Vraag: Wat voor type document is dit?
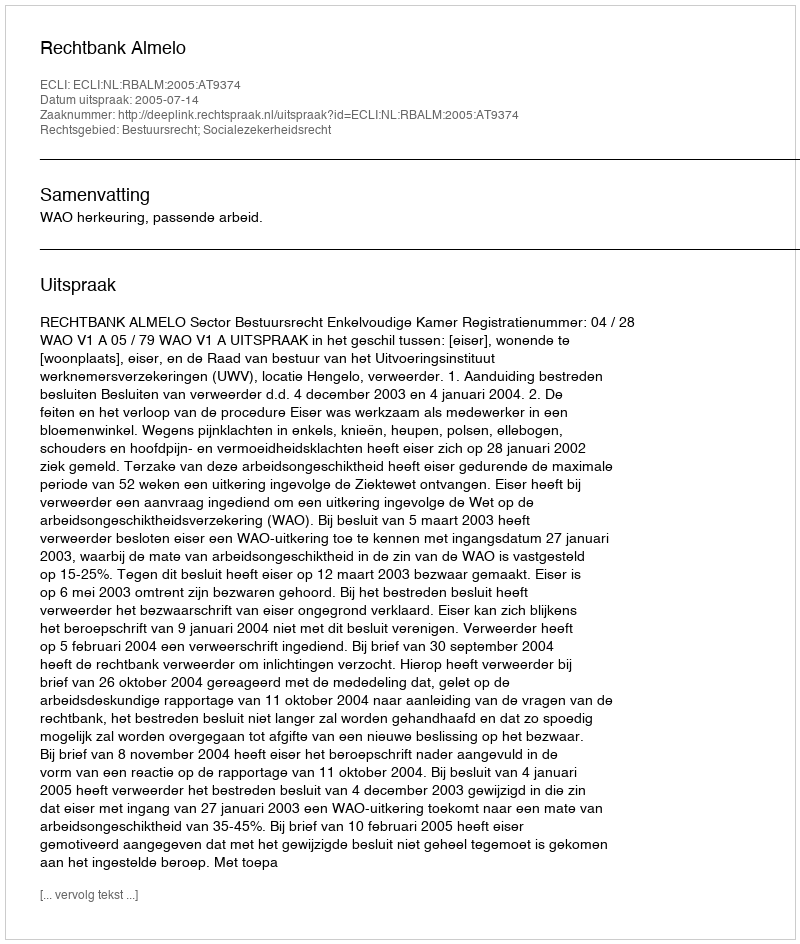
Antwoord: Uitspraak